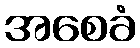
အစေခံ